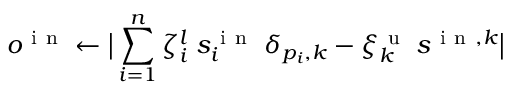
o ^ { \mathrm { ~ i ~ n ~ } } \gets \big \lvert \sum _ { i = 1 } ^ { n } \zeta _ { i } ^ { l } \; s _ { i } ^ { \mathrm { ~ i ~ n ~ } } \; \delta _ { p _ { i } , k } - \xi _ { k } ^ { \mathrm { ~ u ~ } } \: s ^ { \mathrm { ~ i ~ n ~ } , k } \big \rvert